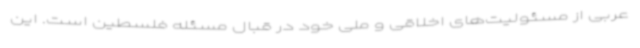
عربی از مسئولیت‌های اخلاقی و ملی خود در قبال مسئله فلسطین است. این